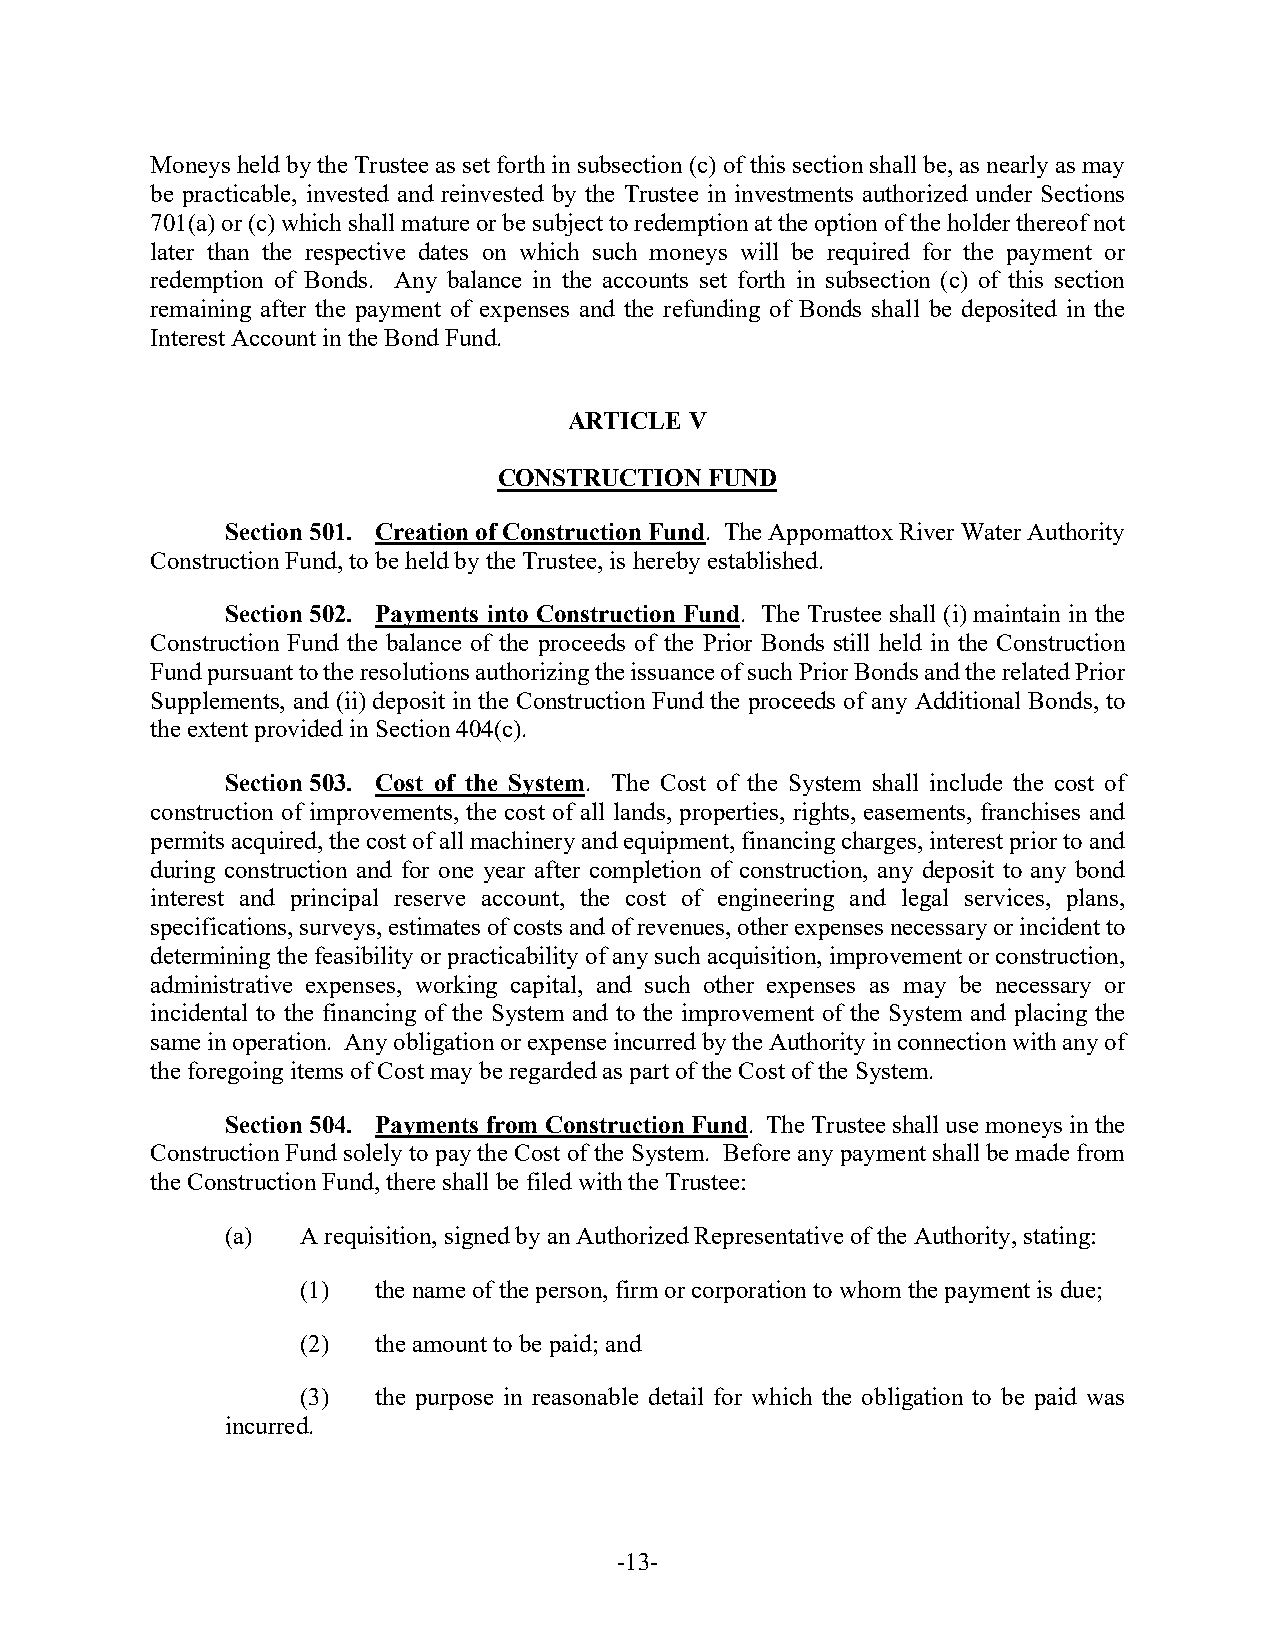
Moneys held by the Trustee as set forth in subsection (c) of this section shall be, as nearly as may
 be practicable, invested and reinvested by the Trustee in investments authorized under Sections
 701(a) or (c) which shall mature or be subject to redemption at the option of the holder thereof not
 later than the respective dates on which such moneys will be required for the payment or
 redemption of Bonds. Any balance in the accounts set forth in subsection (c) of this section
 remaining after the payment of expenses and the refunding of Bonds shall be deposited in the
 Interest Account in the Bond Fund.
 ARTICLE V
 CONSTRUCTION  FUND
 Section 501. Creation of Construction Fund. The Appomattox River Water Authority
 Construction Fund, to be held by the Trustee, is hereby established.
 Section 502. Payments into Construction Fund. The Trustee shall (i) maintain in the
 Construction Fund the balance of the proceeds of the Prior Bonds still held in the Construction
 Fund pursuant to the resolutions authorizing the issuance of such Prior Bonds and the related Prior
 Supplements, and (ii) deposit in the Construction Fund the proceeds of any Additional Bonds, to
 the extent provided in Section 404(c).
 Section 503. Cost of the System. The Cost of the System shall include the cost of
 construction of improvements, the cost of all lands, properties, rights, easements, franchises and
 permits acquired, the cost of all machinery and equipment, financing charges, interest prior to and
 during construction and for one year after completion of construction, any deposit to any bond
 interest and principal reserve account, the cost of engineering and legal services, plans,
 specifications, surveys, estimates of costs and of revenues, other expenses necessary or incident to
 determining the feasibility or practicability of any such acquisition, improvement or construction,
 administrative expenses, working capital, and such other expenses as may be necessary or
 incidental to the financing of the System and to the improvement of the System and placing the
 same in operation. Any obligation or expense incurred by the Authority in connection with any of
 the foregoing items of Cost may be regarded as part of the Cost of the System.
 Section 504. Payments from Construction Fund. The Trustee shall use moneys in the
 Construction Fund solely to pay the Cost of the System. Before any payment shall be made from
 the Construction Fund, there shall be filed with the Trustee:
 (a)  A requisition, signed by an Authorized Representative of the Authority, stating:
 (1)  the name of the person, firm or corporation to whom the payment is due;
 (2)  the amount to be paid; and
 (3)  the purpose in reasonable detail for which the obligation to be paid was
 incurred.
 -13-